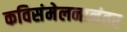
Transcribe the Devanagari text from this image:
कविसंमेलनानंतर